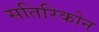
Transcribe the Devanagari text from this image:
सतिरिकोन